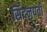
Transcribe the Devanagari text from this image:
सिंदनृपती